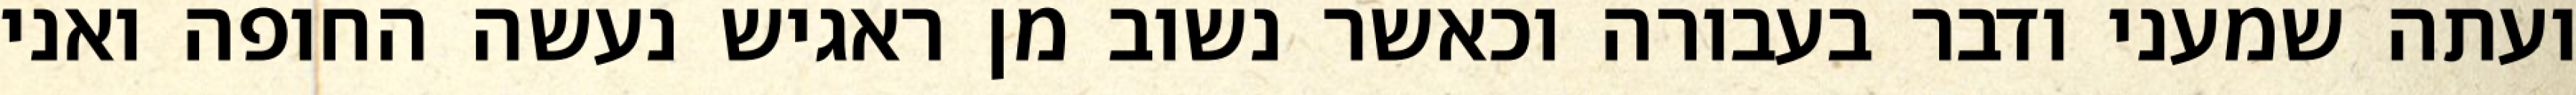
ועתה שמעני ודבר בעבורה וכאשר נשוב מן ראגיש נעשה החופה ואני